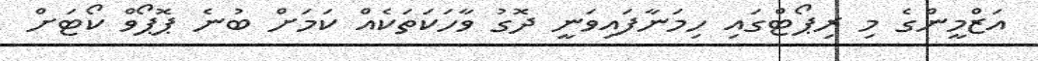
އަޒްމީންގެ މި ރިޕޯޓްގައި ހިމަނާފައިވަނީ ދޮގު ވާހަކަތަކެއް ކަމަށް ބުނެ ޕޮޕޯވް ކޯޓަށް